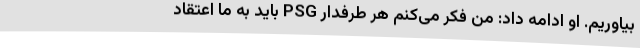
بیاوریم. او ادامه داد: من فکر می‌کنم هر طرفدار PSG باید به ما اعتقاد